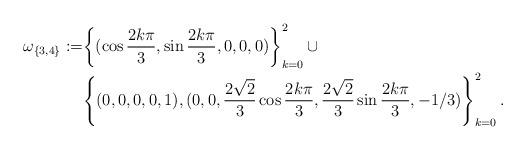
LaTeX: \begin{align*}\omega_{\{3,4\}}:=&\displaystyle{\left\{(\cos\frac{2k\pi}{3},\sin\frac{2k\pi}{3},0,0,0)\right\}_{k=0}^2 \cup} \\& \displaystyle{\left\{(0,0,0,0,1),(0,0,\frac{2\sqrt{2}}{3}\cos\frac{2k\pi}{3},\frac{2\sqrt{2}}{3}\sin\frac{2k\pi}{3},-1/3)\right\}_{k=0}^2.}\end{align*}